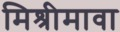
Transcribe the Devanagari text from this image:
मिश्रीमावा